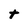
Character: t